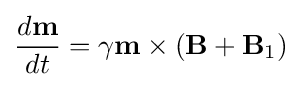
{\frac {d\mathbf {m} }{dt}}=\gamma \mathbf {m} \times (\mathbf {B} +\mathbf {B} _{1})